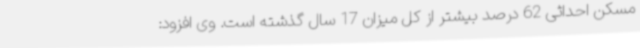
مسکن احداثی 62 درصد بیشتر از کل میزان 17 سال گذشته است. وی افزود: